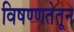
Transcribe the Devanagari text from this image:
विषण्णतेतून